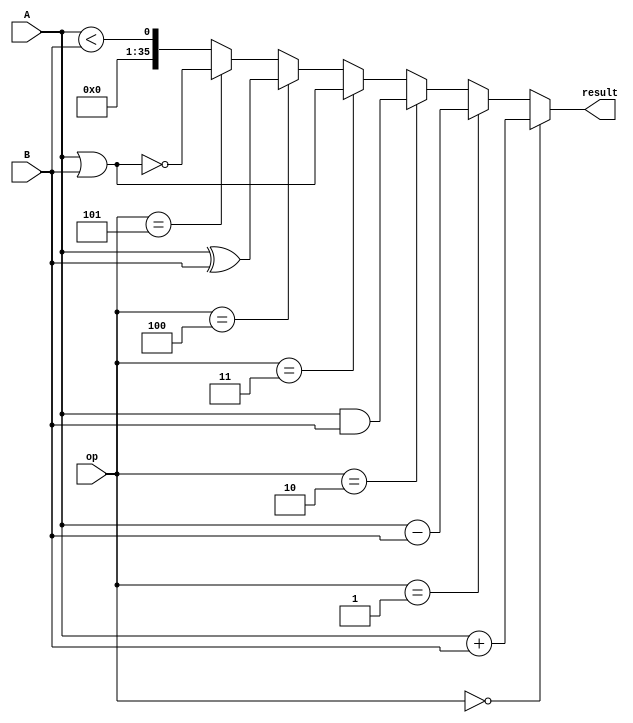
module alu (
  input [35:0] A, B, 
  input [2:0] op, 
  output [35:0] result
);
    
  assign result =
    (op == 0) ? A + B :
    (op == 1) ? A - B :
    (op == 2) ? A & B :
    (op == 3) ? A | B :
    (op == 4) ? A ^ B :
    (op == 5) ? ~(A | B) :
    A < B;
    	
endmodule